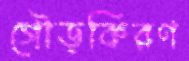
গৌড়কিরণ